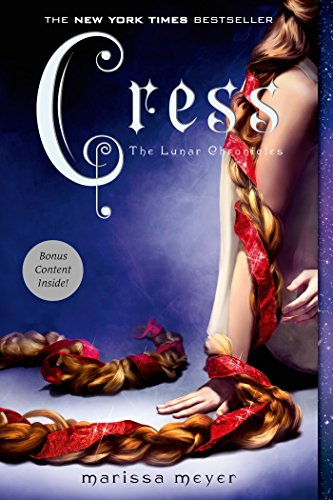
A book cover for Cress (The Lunar Chronicles); Marissa Meyer; Teen & Young Adult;